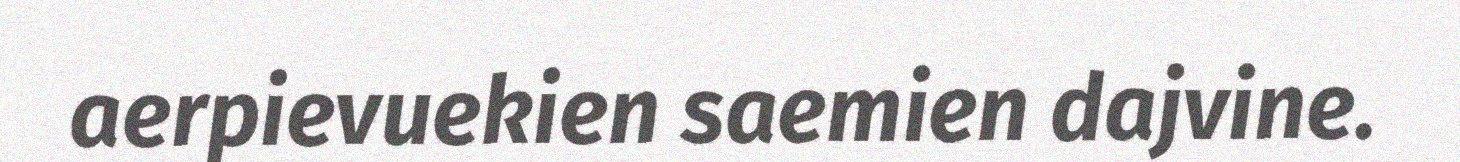
aerpievuekien saemien dajvine.